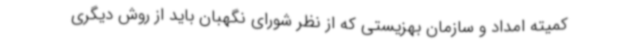
کمیته امداد و سازمان بهزیستی که از نظر شورای نگهبان باید از روش دیگری